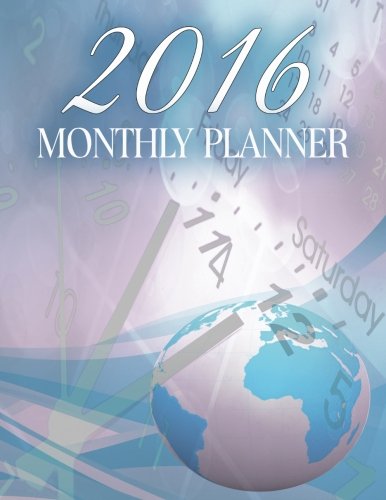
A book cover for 2016 Monthly Planner: Organizer Planner (2016 Engagement Planner Calendar) (Volume 2); John Davis Planners; Business & Money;